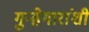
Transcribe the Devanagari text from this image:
गुन्हेगारांशी